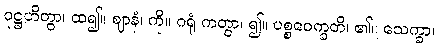
ဝုဋ္ဌဟိတွာ၊ ထ၍။ ဈာနံ၊ ကို။ ဂရုံ ကတွာ၊ ၍။ ပစ္စဝေက္ခတိ၊ ၏။ သေက္ခာ၊